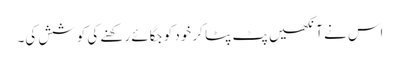
اس نے آنکھیں پٹ پٹا کر خود کو جگائے رکھنے کی کوشش کی۔